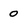
Character: o